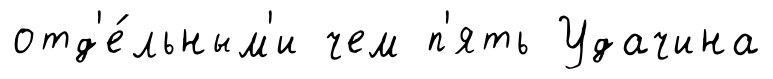
отд'е́льным'и чем п'ять Удачина